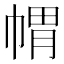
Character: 𭘪